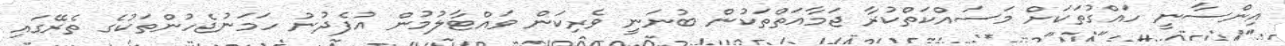
އިންސާނީ ހައްގުތަކަށް މަސައްކަތްކުރާ ޖަމާއަތްތަކުން ބުނަނީ ވެރިކަން ވައްޓާލުމުން އުފެދުނު ހަމަނުޖެހުންތަކުގެ ތެރޭގައި